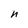
Character: n